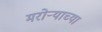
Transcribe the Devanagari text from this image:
मरोऱ्याच्या